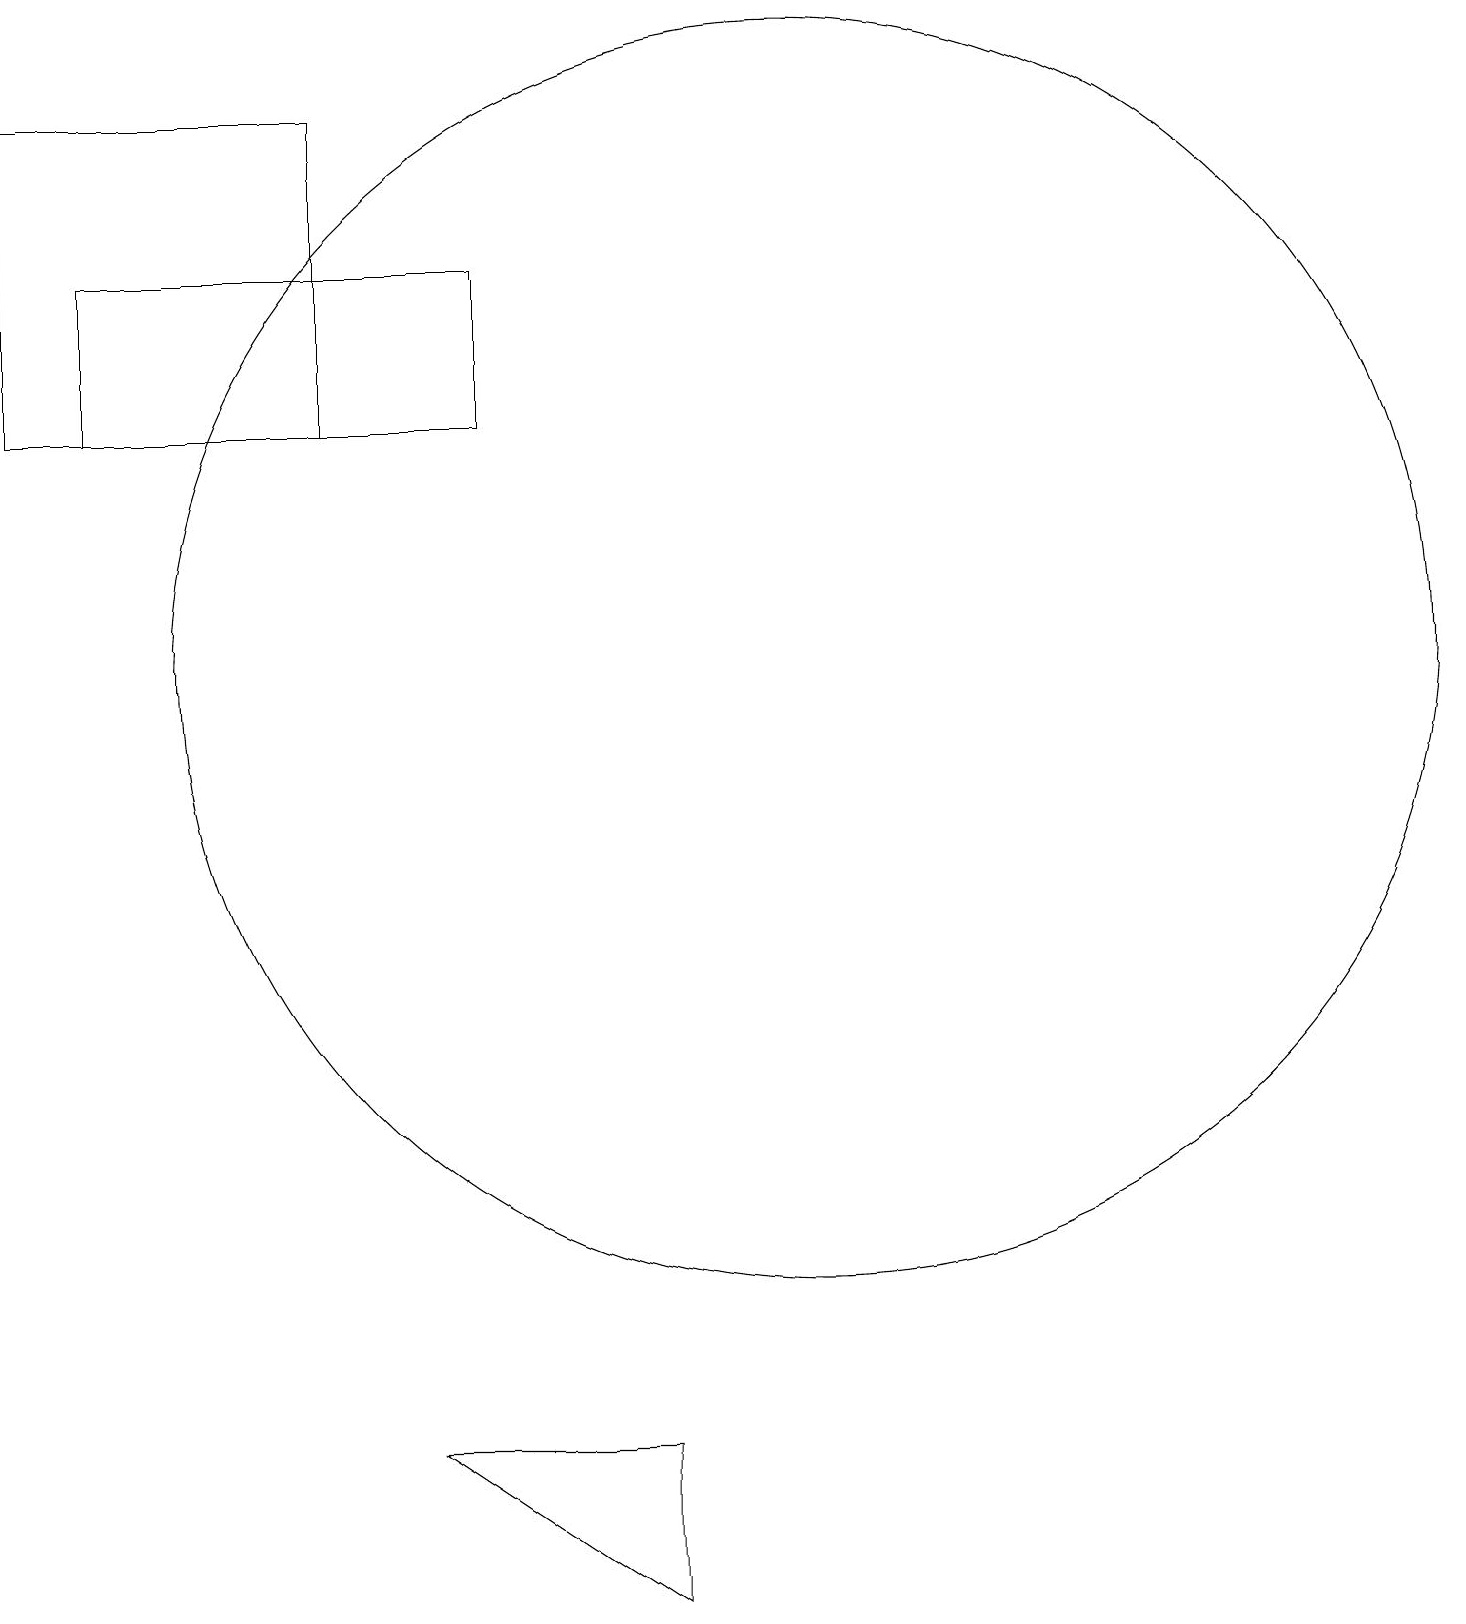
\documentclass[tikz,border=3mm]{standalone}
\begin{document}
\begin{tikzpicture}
\draw (4,15) rectangle (0,19);
\draw (5,2) -- (8,0) -- (8,2) -- cycle;
\draw (6,17) rectangle (1,15);
\draw (10,12) circle (8);
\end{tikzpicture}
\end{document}